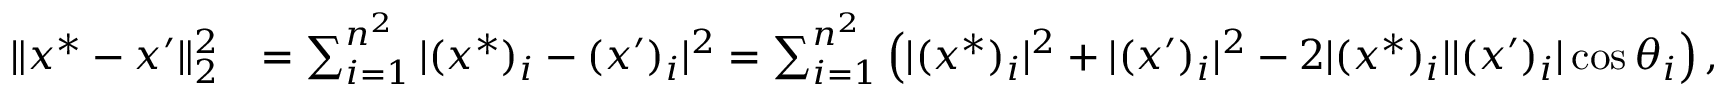
\begin{array} { r l } { \| x ^ { * } - x ^ { \prime } \| _ { 2 } ^ { 2 } } & { = \sum _ { i = 1 } ^ { n ^ { 2 } } | ( x ^ { * } ) _ { i } - ( x ^ { \prime } ) _ { i } | ^ { 2 } = \sum _ { i = 1 } ^ { n ^ { 2 } } \left( | ( x ^ { * } ) _ { i } | ^ { 2 } + | ( x ^ { \prime } ) _ { i } | ^ { 2 } - 2 | ( x ^ { * } ) _ { i } | | ( x ^ { \prime } ) _ { i } | \cos \theta _ { i } \right) , } \end{array}